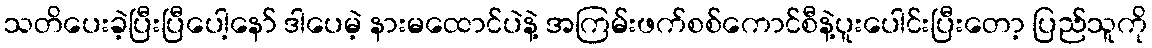
သတိပေးခဲ့ပြီးပြီပေါ့နော် ဒါပေမဲ့ နားမထောင်ပဲနဲ့ အကြမ်းဖက်စစ်ကောင်စီနဲ့ပူးပေါင်းပြီးတော့ ပြည်သူကို